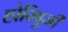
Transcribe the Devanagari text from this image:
होरियूजी